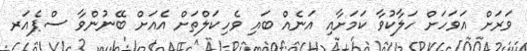
ވަރަށް އަވަހަށް ހަލާކުވާ ކަމަށާއި އަނެއް ބައި ވެހިކަލްތަށް އެއަށް ބޭނުންވާ ސްޕެއަރ